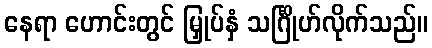
နေရာ ဟောင်းတွင် မြှုပ်နှံ သင်္ဂြိုဟ်လိုက်သည်။